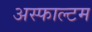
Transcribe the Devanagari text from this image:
अस्फाल्टम